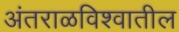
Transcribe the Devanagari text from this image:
अंतराळविश्वातील